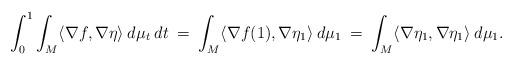
LaTeX: \begin{align*} \int_0^1 \int_M \langle \nabla f, \nabla \eta \rangle \: d\mu_t \: dt \: = \:\int_M \langle \nabla f(1), \nabla \eta_1 \rangle \: d\mu_1 \: = \:\int_M \langle \nabla \eta_1, \nabla \eta_1 \rangle \: d\mu_1. \end{align*}